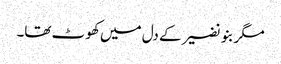
مگر بنو نضیر کے دل میں کھو ٹ تھا۔